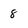
Character: 8